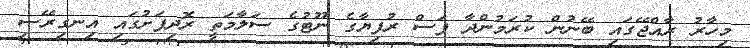
މިހާރު ރާއްޖޭގައި ބޭނުން ކުރަމުންދާ ފަސް ރުފިޔާގެ ނޫޓުގެ ސަލާމަތީ ރޮދިފަށުގައި އިނގިރޭސި